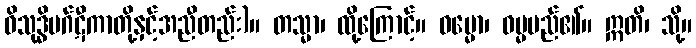
ဝိသုဒ္ဓိမဂ်ဋီကာတို့နှင့်အညီတည်း)။ တသ္မာ၊ ထို့ကြောင့်။ ဓမ္မော၊ ဓမ္မမည်၏။ ဣတိ၊ သို့။